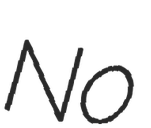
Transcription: No